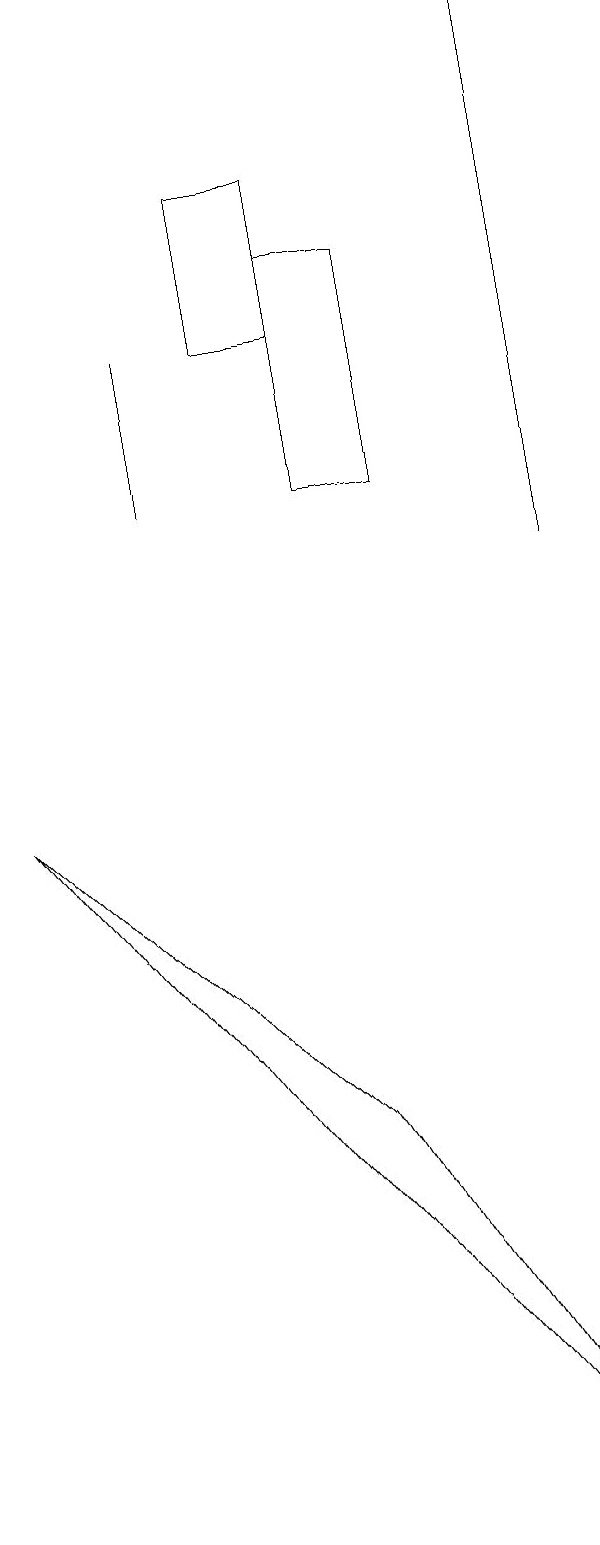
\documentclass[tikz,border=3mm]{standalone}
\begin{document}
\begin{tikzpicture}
\draw (1,9) -- (5,5) -- (8,0) -- cycle;
\draw (3,13) rectangle (3,15);
\draw (6,13) rectangle (5,16);
\draw (8,17) rectangle (8,17);
\draw (4,15) rectangle (5,17);
\draw[->] (8,12) -- (8,19);
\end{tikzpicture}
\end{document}